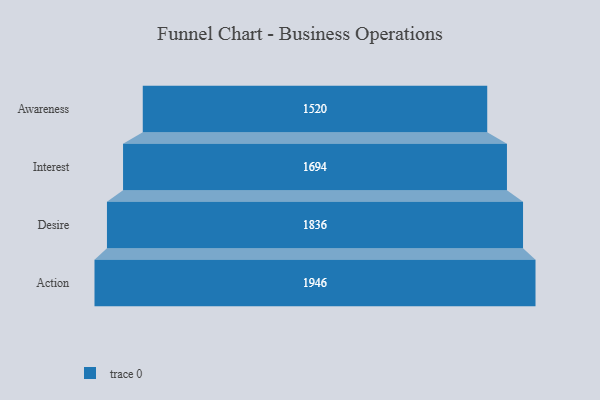
{"axis": {"x": "Stage", "y": "Value"}, "legend": [""], "data": [{"x": "Awareness", "y": 1520.0, "type": ""}, {"x": "Interest", "y": 1694.0, "type": ""}, {"x": "Desire", "y": 1836.0, "type": ""}, {"x": "Action", "y": 1946.0, "type": ""}]}